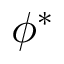
\phi ^ { * }